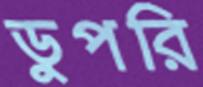
ডুপরি